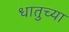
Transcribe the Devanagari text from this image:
धातुच्या